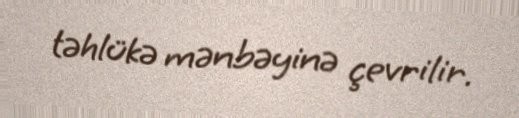
təhlükə mənbəyinə çevrilir.